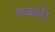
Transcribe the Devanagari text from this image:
बजाये।